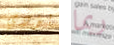
يؤدي ربما